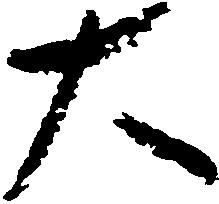
大